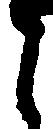
と